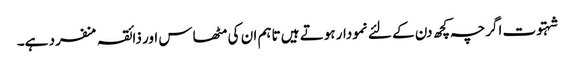
شہتوت اگرچہ کچھ دن کے لئے نمودار ہوتے ہیں تاہم ان کی مٹھاس اور ذائقہ منفرد ہے۔